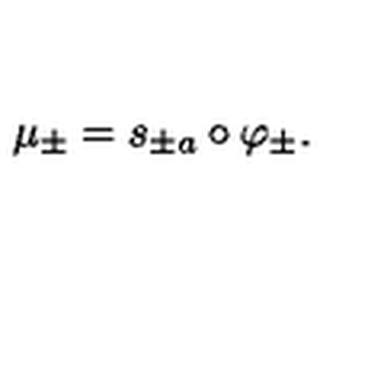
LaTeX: \mu _ { \pm } = s _ { \pm a } \circ \varphi _ { \pm } .